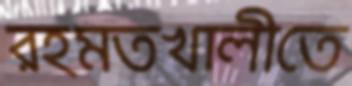
রহমতখালীতে